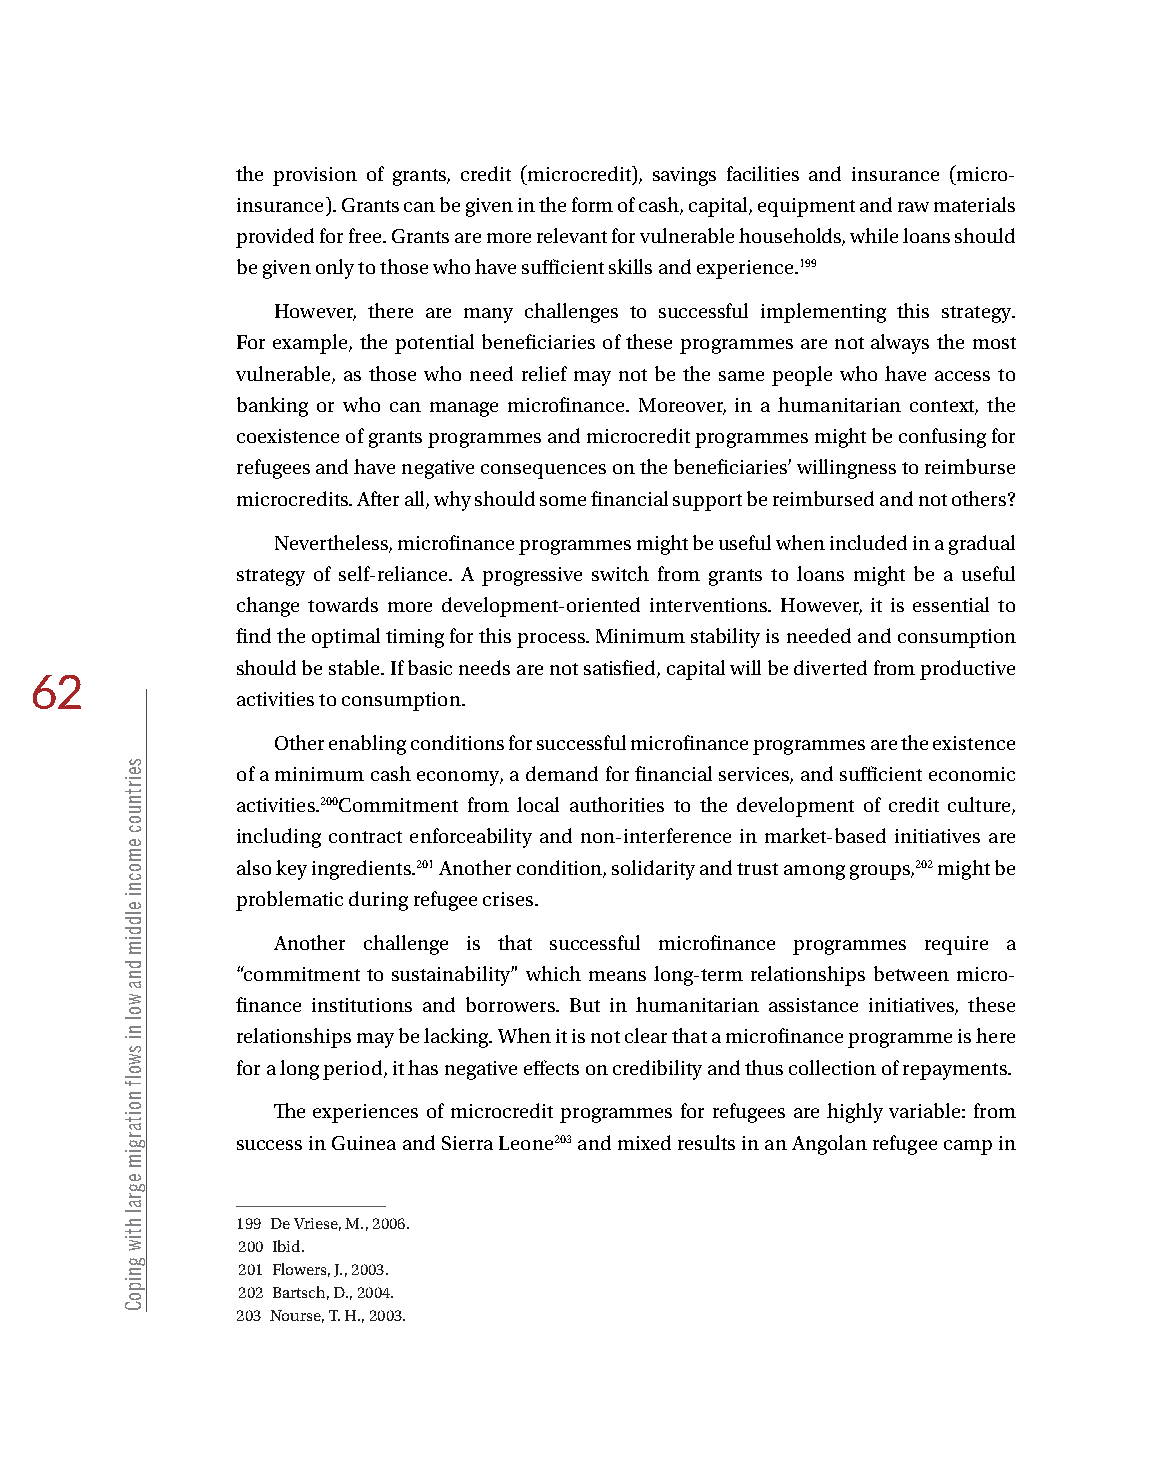
the provision of grants, credit (microcredit), savings facilities and insurance (micro-
 insurance). Grants can be given in the form of cash, capital, equipment and raw materials
 provided for free. Grants are more relevant for vulnerable households, while loans should
 be given only to those who have sufficient skills and experience.199
 However, there are many challenges to successful implementing this strategy.
 For example, the potential beneficiaries of these programmes are not always the most
 vulnerable, as those who need relief may not be the same people who have access to
 banking or who can manage microfinance. Moreover, in a humanitarian context, the
 coexistence of grants programmes and microcredit programmes might be confusing for
 refugees and have negative consequences on the beneficiaries’ willingness to reimburse
 microcredits. After all, why should some financial support be reimbursed and not others?
 Nevertheless, microfinance programmes might be useful when included in a gradual
 strategy of self-reliance. A progressive switch from grants to loans might be a useful
 change towards more development-oriented interventions. However, it is essential to
 find the optimal timing for this process. Minimum stability is needed and consumption
 should be stable. If basic needs are not satisfied, capital will be diverted from productive
 62
 activities to consumption.
 Other enabling conditions for successful microfinance programmes are the existence
 of a minimum cash economy, a demand for financial services, and sufficient economic
 activities.200Commitment from local authorities to the development of credit culture,
 including contract enforceability and non-interference in market-based initiatives are
 also key ingredients.201 Another condition, solidarity and trust among groups,202 might be
 problematic during refugee crises.
 Another challenge is that successful microfinance programmes require a
 “commitment to sustainability” which means long-term relationships between micro-
 finance institutions and borrowers. But in humanitarian assistance initiatives, these
 relationships may be lacking. When it is not clear that a microfinance programme is here
 for a long period, it has negative effects on credibility and thus collection of repayments.
 The experiences of microcredit programmes for refugees are highly variable: from
 success in Guinea and Sierra Leone203 and mixed results in an Angolan refugee camp in
 199 De Vriese, M., 2006.
 200 Ibid.
 201 Flowers, J., 2003.
 202 Bartsch, D., 2004.
 203 Nourse, T. H., 2003.
 seirtnuoc
 emocni
 elddim
 dna
 wol
 ni
 swolf
 noitargim
 egral
 htiw
 gnipoC